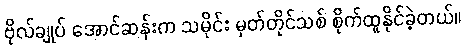
ဗိုလ်ချုပ် အောင်ဆန်းက သမိုင်း မှတ်တိုင်သစ် စိုက်ထူနိုင်ခဲ့တယ်။